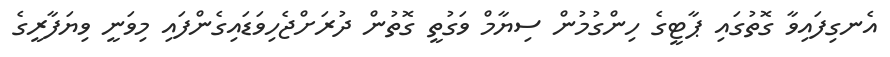
އެނގިފައިވާ ގޮތުގައި ޕާޓީގެ ހިންގުމުން ސިޔާމް ވަގުތީ ގޮތުން ދުރަށްޖެހިވަޑައިގެންފައި މިވަނީ ވިޔަފާރީގެ